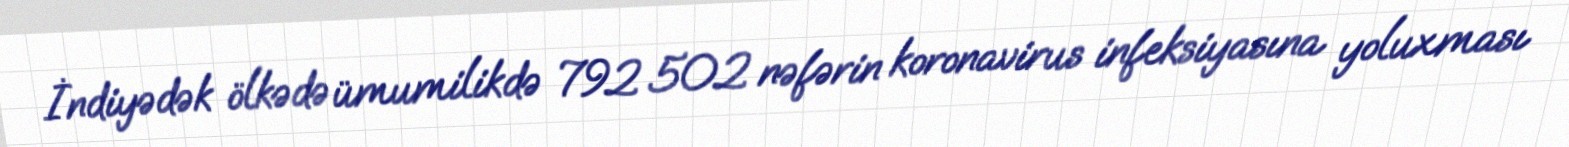
İndiyədək ölkədə ümumilikdə 792 502 nəfərin koronavirus infeksiyasına yoluxması